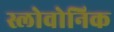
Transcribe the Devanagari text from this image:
स्लोवोनिक